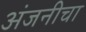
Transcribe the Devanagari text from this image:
अंजनीचा